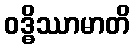
ဝဒ္ဓိဿာမာတိ